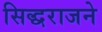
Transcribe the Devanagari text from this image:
सिद्धराजने